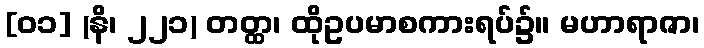
[၀၁] (နိ၊ ၂၂၁) တတ္ထ၊ ထိုဥပမာစကားရပ်၌။ မဟာရာဇာ၊